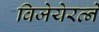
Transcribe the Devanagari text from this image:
विजेयेरत्ने